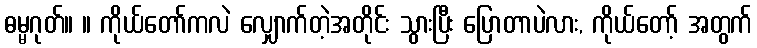
ဓမ္မဂုတ်။ ။ ကိုယ်တော်ကလဲ လျှောက်တဲ့အတိုင်း သွားပြီး ပြောတာပဲလား, ကိုယ်တော့် အတွက်